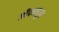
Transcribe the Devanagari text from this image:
जीपमधून